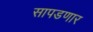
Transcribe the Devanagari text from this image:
सापडणार